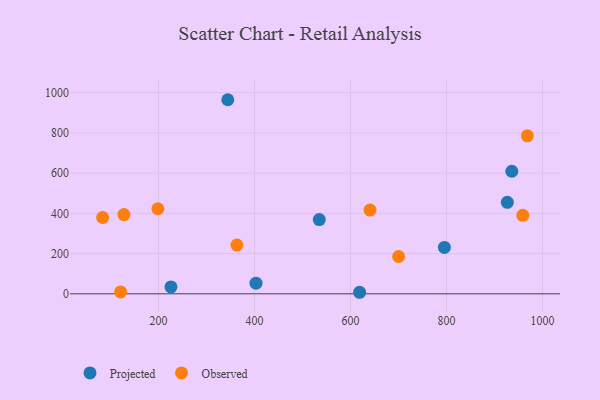
{"axis": {"x": "Distance", "y": "Rating"}, "legend": ["Observed", "Projected"], "data": [{"x": "936.1", "y": 609.5, "type": "Projected"}, {"x": "403.1", "y": 52.7, "type": "Projected"}, {"x": "795.6", "y": 230.7, "type": "Projected"}, {"x": "225.9", "y": 34.0, "type": "Projected"}, {"x": "926.8", "y": 454.8, "type": "Projected"}, {"x": "618.9", "y": 7.6, "type": "Projected"}, {"x": "344.3", "y": 965.1, "type": "Projected"}, {"x": "534.9", "y": 369.0, "type": "Projected"}, {"x": "127.9", "y": 393.8, "type": "Observed"}, {"x": "121.0", "y": 9.2, "type": "Observed"}, {"x": "640.6", "y": 416.5, "type": "Observed"}, {"x": "198.6", "y": 422.9, "type": "Observed"}, {"x": "83.5", "y": 379.5, "type": "Observed"}, {"x": "700.3", "y": 185.5, "type": "Observed"}, {"x": "968.5", "y": 785.6, "type": "Observed"}, {"x": "363.3", "y": 242.5, "type": "Observed"}, {"x": "959.0", "y": 390.3, "type": "Observed"}]}